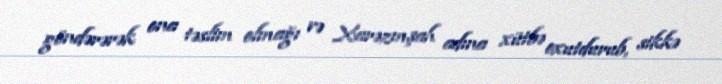
göndərərək ona təslim olmağı və Xarəzmşah adına xütbə oxutdurub, sikkə